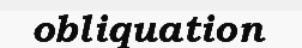
obliquation